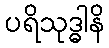
ပရိသုဒ္ဓါနိ